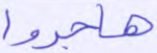
هاجروا